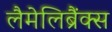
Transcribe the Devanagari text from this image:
लैमेलिब्रैंक्स